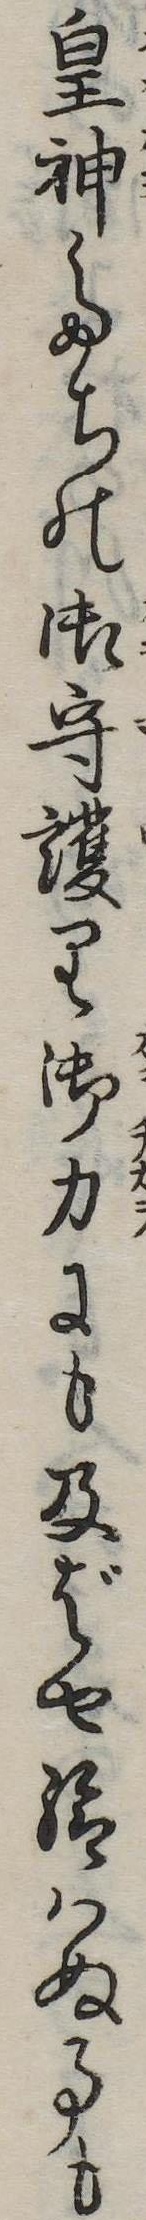
皇神たちの御守護り御力にも及ばせ給はぬ事も